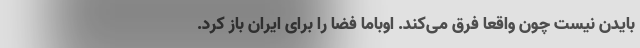
بایدن نیست چون واقعا فرق می‌کند. اوباما فضا را برای ایران باز کرد.